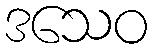
ဒသေဝ